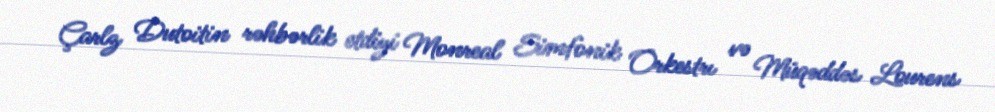
Çarlz Dutoitin rəhbərlik etdiyi Monreal Simfonik Orkestrı və Müqəddəs Lourens